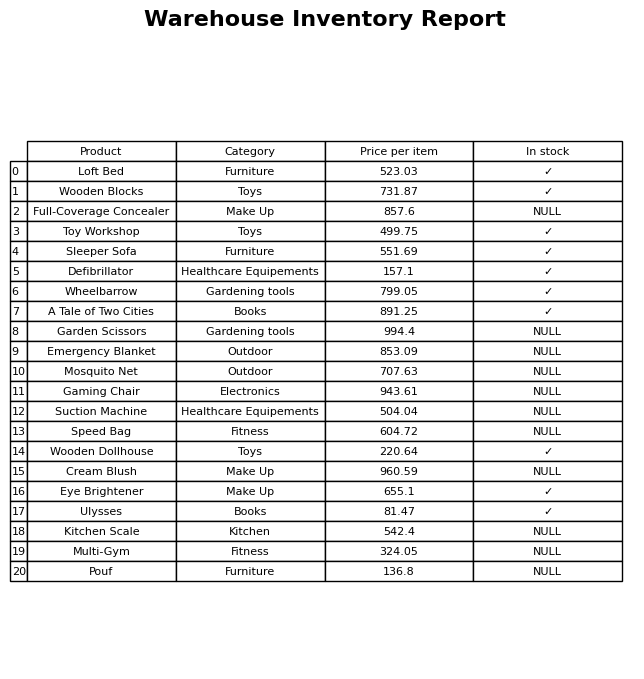
question: What is the price for Emergency Blanket?
answer: The price of Emergency Blanket is 853.09.